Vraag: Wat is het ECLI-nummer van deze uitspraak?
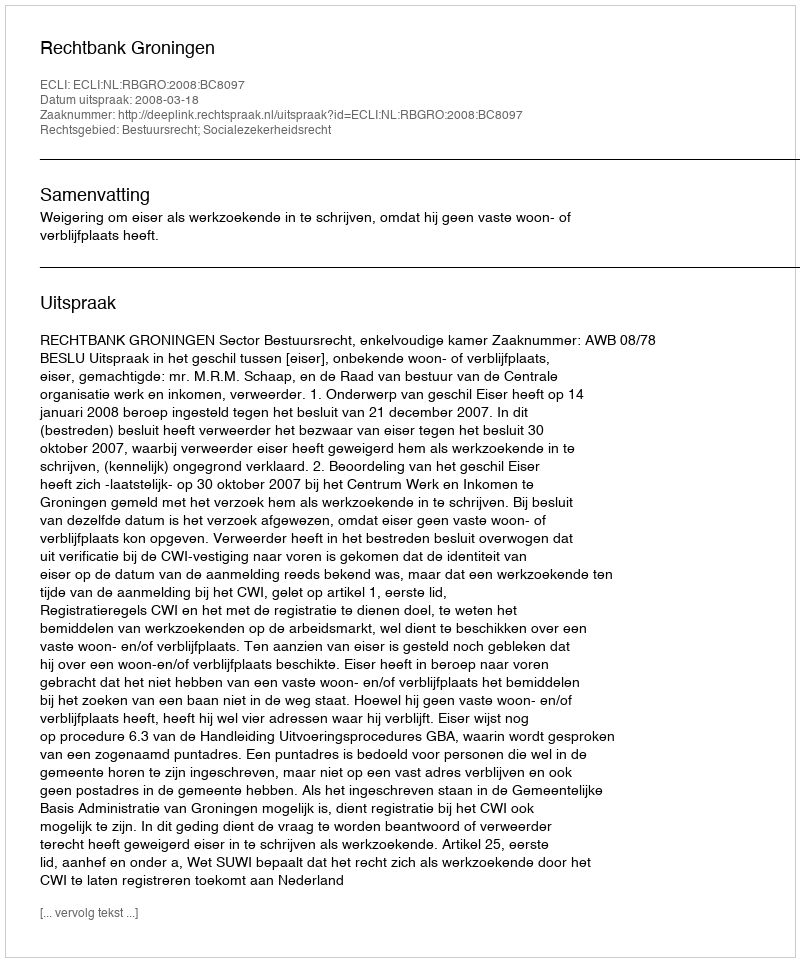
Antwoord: ECLI:NL:RBGRO:2008:BC8097